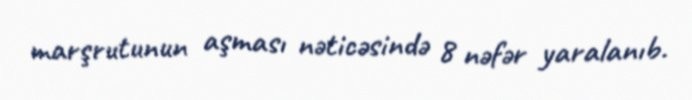
marşrutunun aşması nəticəsində 8 nəfər yaralanıb.